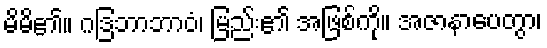
မိမိ၏။ ဂဒြဘာဘာဝံ၊ မြည်း၏ အဖြစ်ကို။ အဇာနာပေတွာ၊